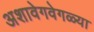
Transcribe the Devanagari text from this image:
अशावेगवेगळ्या